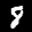
Digit: 9